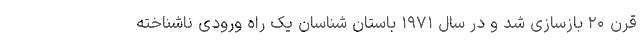
قرن ۲۰ بازسازی شد و در سال ۱۹۷۱ باستان شناسان یک راه ورودی ناشناخته